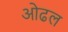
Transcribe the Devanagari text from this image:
ओढल